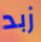
زبد